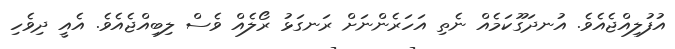
އުފުލިއްޖެއެވެ. އުނދަގޫކަމެއް ނެތި އަހަރެންނަށް ރަނގަޅު ރޯލެއް ވެސް ލިބިއްޖެއެވެ. އެއީ ދިވެހި